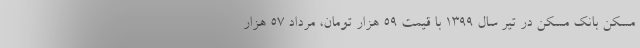
مسکن بانک مسکن در تیر سال ۱۳۹۹ با قیمت ۵۹ هزار تومان، مرداد ۵۷ هزار